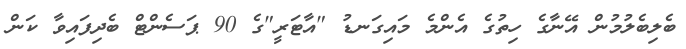
ބެލިބެލުމުން އޭނާގެ ހިތުގެ އެންމެ މައިގަނޑު "އާޓަރީ"ގެ 90 ޕަސެންޓް ބެދިފައިވާ ކަން